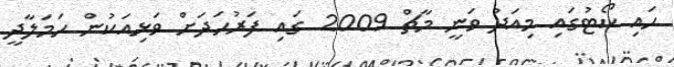
ހައި ކޯޓުގައި މިއަދު ވަނީ މާޗް 2009 ގައި ފަރުހަދަށް ވަޅިއަކުން ހަމަލާދީ